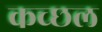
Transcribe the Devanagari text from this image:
कच्छल